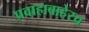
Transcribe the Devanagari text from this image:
प्रवाहाबाहेरच